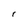
Character: r